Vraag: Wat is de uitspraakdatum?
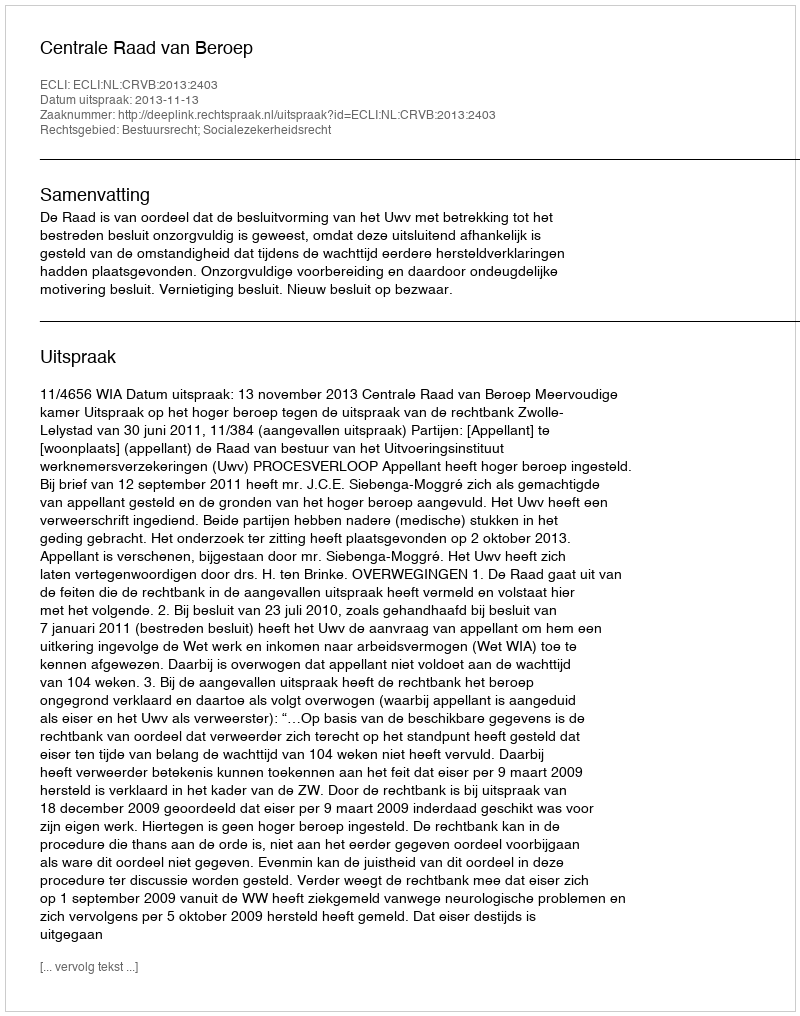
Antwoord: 2013-11-13